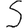
Digit: 5